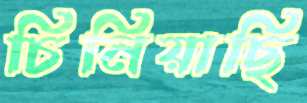
চিনিয়াছি